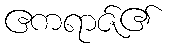
ဧကရာဇ်၏